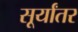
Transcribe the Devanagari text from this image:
सूर्यांतर